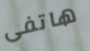
هاتفى